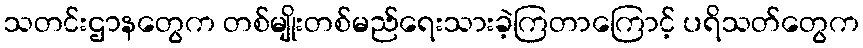
သတင်းဌာနတွေက တစ်မျိုးတစ်မည်ရေးသားခဲ့ကြတာကြောင့် ပရိသတ်တွေက